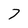
Character: 7